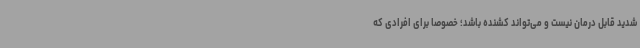
شدید قابل درمان نیست و می‌تواند کشنده باشد؛ خصوصا برای افرادی که